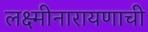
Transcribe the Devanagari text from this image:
लक्ष्मीनारायणाची